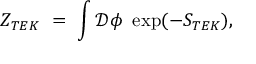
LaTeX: Z _ { T E K } \ = \ \int \mathcal { D } \phi \ \exp ( - S _ { T E K } ) ,